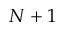
N + 1